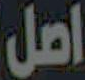
اصل